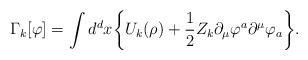
LaTeX: \begin{align*}\Gamma_{k}[\varphi]=\int{d}^{d}{x}\bigg\{{U}_{k}(\rho)+\frac{1}{2}Z_k\partial_\mu\varphi^{a}\partial^\mu\varphi_{a}\bigg\}.\end{align*}